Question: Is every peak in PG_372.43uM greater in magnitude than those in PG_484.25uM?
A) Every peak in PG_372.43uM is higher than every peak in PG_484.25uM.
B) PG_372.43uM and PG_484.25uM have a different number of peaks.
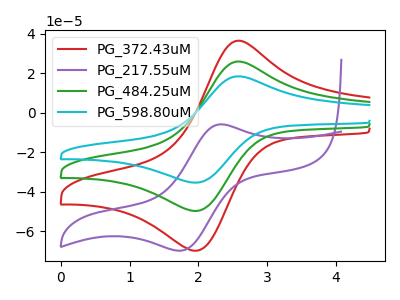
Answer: <think>The red curve "PG_372.43uM" has an anodic peak at (2.55V, 36.10uA) and a cathodic peak at (1.95V, -69.80uA). The purple curve "PG_217.55uM" has an anodic peak at (2.30V, -5.85uA) and a cathodic peak at (1.75V, -69.80uA). The green curve "PG_484.25uM" has an anodic peak at (2.55V, 25.70uA) and a cathodic peak at (1.95V, -49.70uA). The cyan curve "PG_598.80uM" has an anodic peak at (2.55V, 51.40uA) and a cathodic peak at (1.95V, -99.35uA).</think>
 <answer>A) Every peak in "PG_372.43uM" is higher than every peak in "PG_484.25uM".</answer>
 <eval>A</eval>